Annual report on the lock hospitals of the Madras Presidency
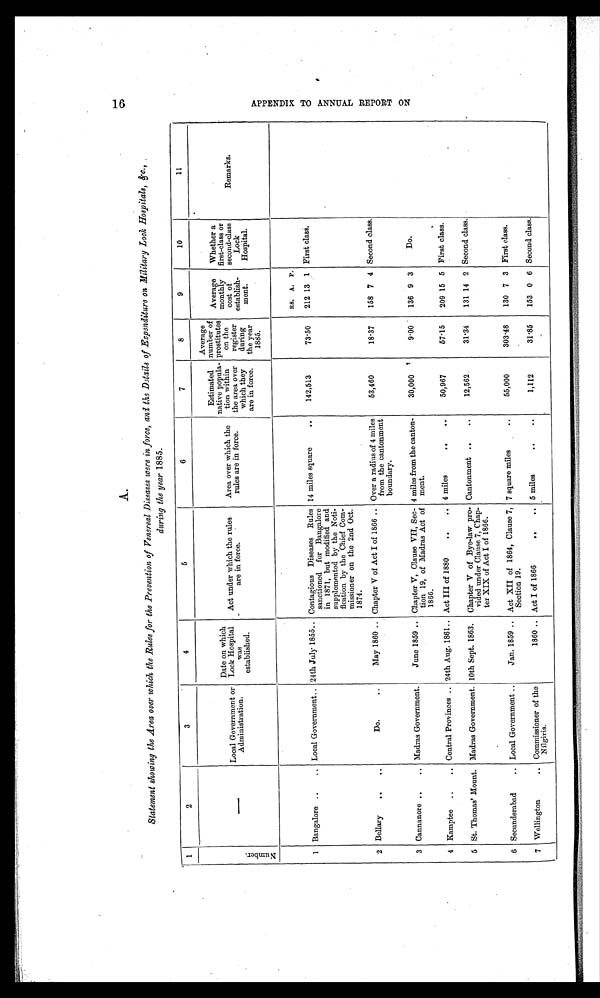
A.
1 6
A P P E N D I X T O A N N U A L R E P O R T O N
Statement showing the Area over which the Rules for the Prevention of Venereal Diseases were in force, and the Details of Expenditure on Military Lock Hospitals, &c.,
during the year 1885.
1
2
3
4
5
6
7
8
9
10
11
Number .
—
Local Government or
Administration.
Date on which
Lock Hospital
was
established.
Act under which the rules
are in force.
Area over which the
rules are in force.
Estimated
native popula-
tion within
the area over
which they
are in force.
Average
number of
prostitutes
on the
register
during
the year
1885.
Average
monthy cost of
establish-
ment.
Whether a
first
-class or second
-class Lock
Hospital.
Remarks.
RS. A. P.
1 Bangalore ..
.. Local Government .. 24th July 1855.. Contagious Diseases Rules
sanctioned for Bangalore
in 1871, but modified and
supplemented by the Noti-
fication by the Chief Com-
missioner on the 2nd Oct.
1874.
14 miles square
..
142,513
73·50
212 13 1 First class.
2 Bellary
..
..
Do.
..
May 1860 .. Chapter V of Act I of 1866 .. Over a radius of 4 miles
from the cantonment
boundary.
53,460
18·37
158 7 4 Second class.
3 Cannanore ..
.. Madras Government.
June 1859 .. Chapter V, Clause VII, Sec-
tion 19, of Madras Act of
1866.
4 miles from the canton-
ment.
30,000
9·00
136 9 3
Do.
4 Kamptee
..
.. Central Provinces .. 24th Aug. 1861.. Act III of 1880
..
.. 4 miles
.. ..
50,967
57·15
209 15 5 First class.
5 St. Thomas' Mount. Madras Government. 10th Sept. 1863.
Chapter V of Bye-law pro-
vided under Clause 7, Chap-
ter XIX of Act I of 1866.
Cantonment ..
..
12,562.
31·34
131 14 2 Second class.
6 Secunderabad
.. Local Government ..
Jan. 1859 .. Act XII of 1864, Clause 7,
Section 19.
7 square miles
. .
55,000
303·48
130 7 3 First class.
7 Wellington
.. Commissioner of the
Nilgiris.
1860 .. Act I of 1866
.. 5 miles
.. ..
1,112
31·85
153 0 6 Second class.